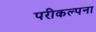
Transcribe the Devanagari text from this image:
परीकल्पना